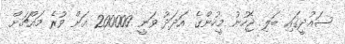
ސައުދީގައި ބަލި ޖެހުނު މީހުންގެ އަދަދު ވަނީ 200000 އަށް ވުރެ މައްޗަށް